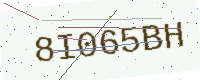
Text: 8I065BH